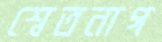
শ্বেতনাগ